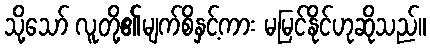
သို့သော် လူတို့၏မျက်စိနှင့်ကား မမြင်နိုင်ဟုဆိုသည်။